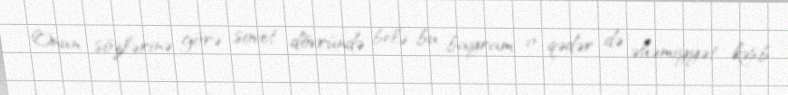
Onun sözlərinə görə sovet dövründə belə bu bayram o qədər də əhəmiyyət kəsb